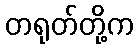
တရုတ်တို့က